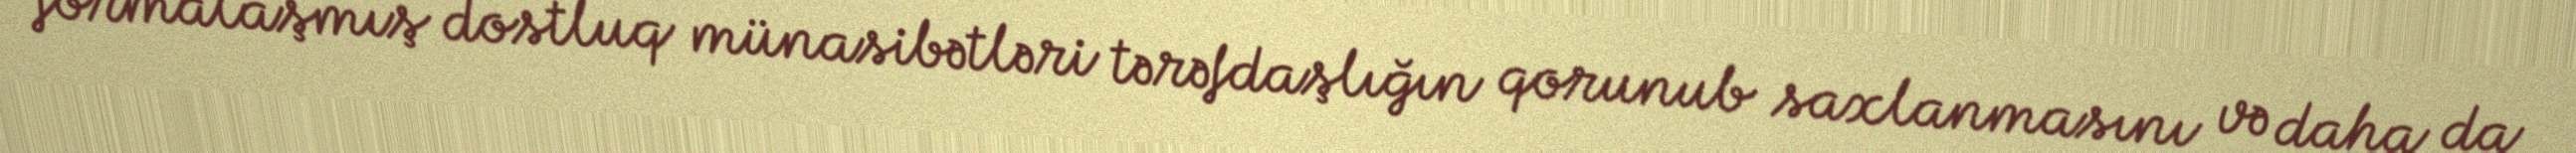
formalaşmış dostluq münasibətləri tərəfdaşlığın qorunub saxlanmasını və daha da